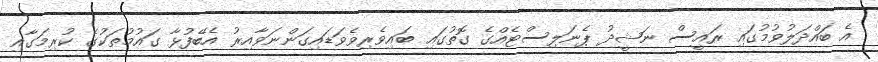
އެ ބައްދަލުވުމުގައި ރައީސް ނަޝީދު ޕެނަލިސްޓެއްގެ ގޮތުގައި ބައިވެރިވެވަޑައިގަންނަވާއިރު އެބޭފުޅާ ގައުމުތަކުގެ ކުރިމަގާއި